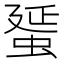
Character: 蜑